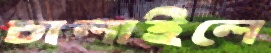
চালাইলে